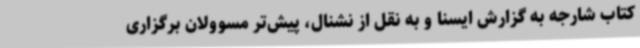
کتاب شارجه به گزارش ایسنا و به نقل از نشنال، پیش‌تر مسوولان برگزاری